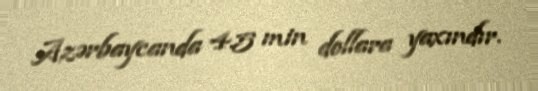
Azərbaycanda 4.5 min dollara yaxındır.